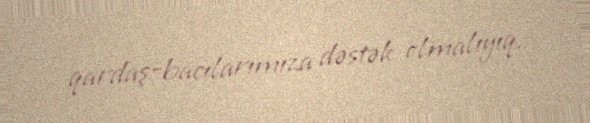
qardaş-bacılarımıza dəstək olmalıyıq.